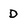
Character: D